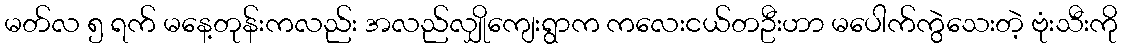
မတ်လ ၅ ရက် မနေ့တုန်းကလည်း အလည်လျှိုကျေးရွာက ကလေးငယ်တဦးဟာ မပေါက်ကွဲသေးတဲ့ ဗုံးသီးကို